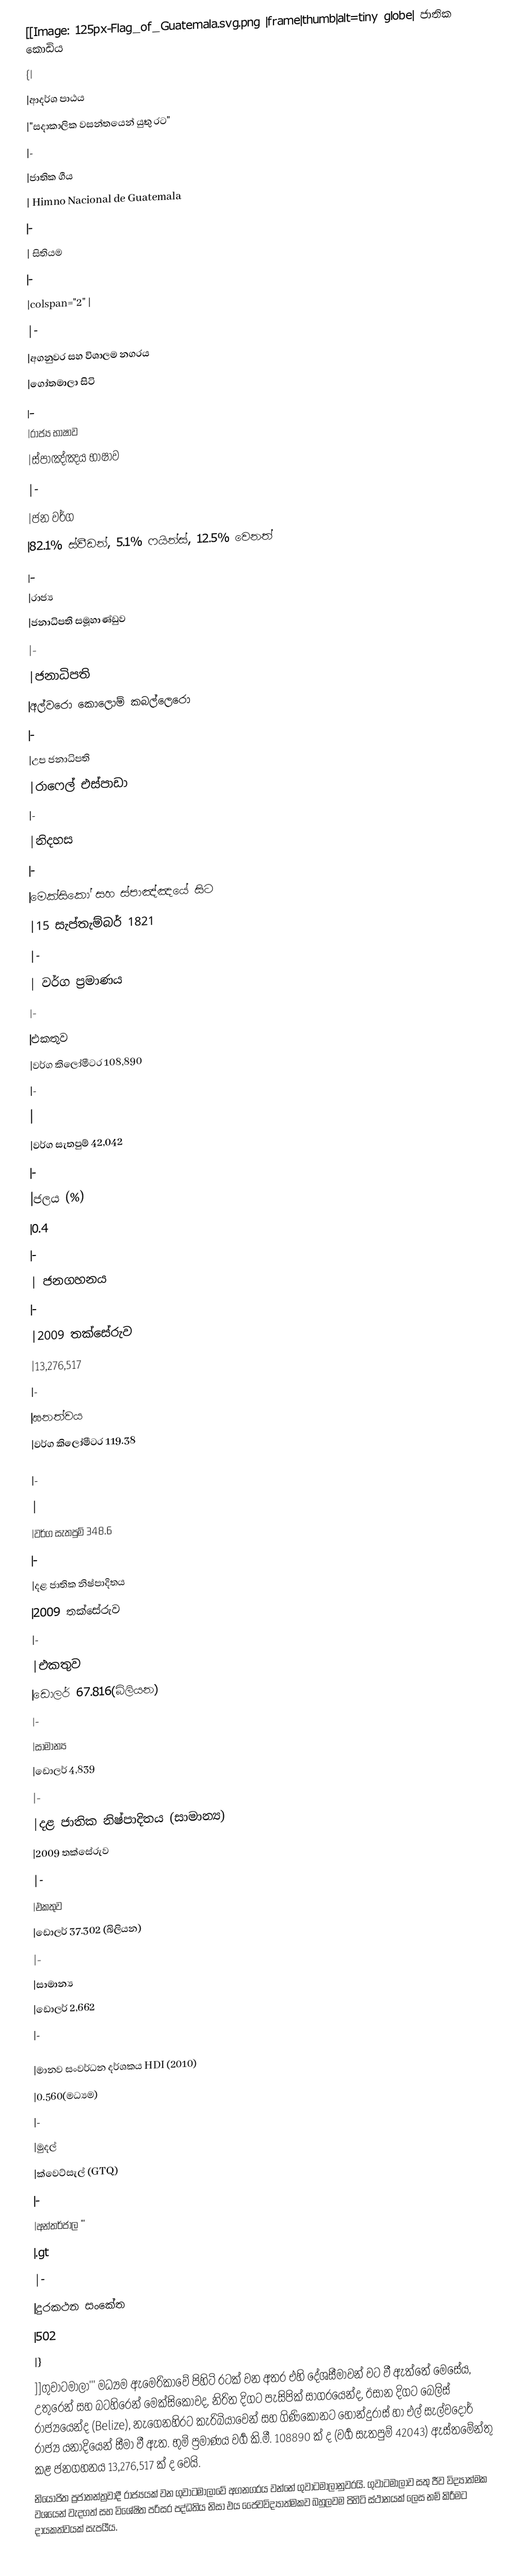
[[Image: 125px-Flag_of_Guatemala.svg.png   |frame|thumb|alt=tiny globe|             ජාතික කොඩිය
{|
|ආදර්ශ පාඨය
|"සදාකාලික වසන්තයෙන් යුතු රට"
|-
|ජාතික ගීය
| Himno Nacional de Guatemala
|-
|             සිතියම
|-
|colspan="2" |
|-
|අගනුවර සහ විශාලම නගරය
|ගෝතමාලා සිටි
|-
|රාජ්‍ය භාෂාව
|ස්පාඤ්ඤය භාෂාව
|-
|ජන වර්ග
|82.1% ස්වීඩන්, 5.1% ෆයින්ස්, 12.5% වෙනත්
|-
|රාජ්‍ය
|ජනාධිපති සමූහාණ්ඩුව
|-
|ජනාධිපති
|අල්වරො කොලොම් කබල්ලෙරො
|-
|උප ජනාධිපති
|රාෆෙල් එස්පාඩා
|-
|නිදහස
|-
|මෙක්සිකෝ සහ ස්පාඤ්ඤයේ සිට
|15 සැප්තැම්බර් 1821
|-
|       වර්ග ප්‍රමාණය
|-
|එකතුව
|වර්ග කිලෝමීටර 108,890
|-
|
|වර්ග සැතපුම් 42,042
|-
|ජලය (%)
|0.4
|-
|            ජනගහනය
|-
|2009 තක්සේරුව
|13,276,517
|-
|ඝනත්වය
|වර්ග කිලෝමීටර 119.38

|-
|
|වර්ග සැතපුම් 348.6
|-
|දළ ජාතික නිෂ්පාදිතය
|2009 තක්සේරුව
|-
|එකතුව
|ඩොලර් 67.816(බිලියන)
|-
|සාමාන්‍ය
|ඩොලර් 4,839
|-
|දළ ජාතික නිෂ්පාදිතය (සාමාන්‍ය)
|2009 තක්සේරුව
|-
|එකතුව
|ඩොලර් 37.302 (බිලියන)
|-
|සාමාන්‍ය
|ඩොලර් 2,662
|-

|මානව සංවර්ධන දර්ශකය HDI (2010)
|0.560(මධ්‍යම)
|-
|මුදල්
|ක්වෙට්සැල් (GTQ)
|-
|අන්තර්ජාල "'
|.gt
|-
|දුරකථන සංකේත
|502
|}
]]ගුවාටමාලා''' මධ්‍යම ඇමෙරිකාවේ පිහිටි රටක් වන අතර එහි දේශසීමාවන් වට වී ඇත්තේ මෙසේය, උතුරෙන් සහ බටහිරෙන් මෙක්සිකෝවද, නිරිත දිගට පැසිපික් සාගරයෙන්ද, ඊසාන දිගට බෙලිස් රාජ්‍යයෙන්ද (Belize), නැගෙනහිරට කැරිබියාවෙන් සහ ගිණිකොනට හොන්දුරාස් හා එල් සැල්වදෝර් රාජ්‍ය යනාදියෙන් සීමා වී ඇත. භුමි ප්‍රමාණය වර්‍ග කි.මී. 108890 ක් ද (වර්‍ග  සැතපුම් 42043) ඇස්තමේන්තු කළ ජනගහනය 13,276,517 ක් ද වෙයි.
නියෝජිත ප්‍රජාතන්ත්‍රවාදී රාජ්‍යයක් වන ගුවාටමාලාවේ අගනගරය වන්නේ ගුවාටමාලානුවරයි. ගුවාටමාලාව සතු ජීව විද්‍යාත්මක වශයෙන් වැදගත් සහ විශේෂිත පරිසර පද්ධතිය නිසා එය ජෛවවිද්‍යාත්මකව බහුලවම පිහිටි ස්ථානයක් ලෙස නම් කිරීමට දායකත්වයක් සැපයීය.